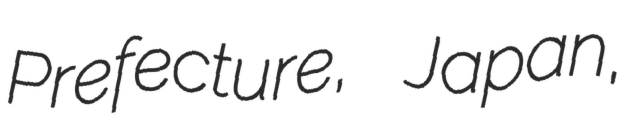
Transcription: Prefecture, Japan,